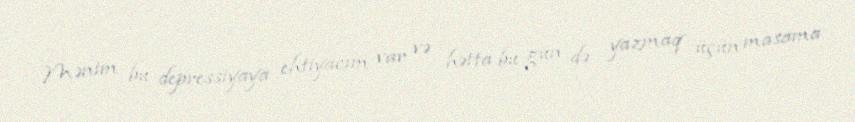
Mənim bu depressiyaya ehtiyacım var və hətta bu gün də yazmaq üçün masama